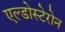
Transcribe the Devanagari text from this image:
एल्डोस्टेरोन